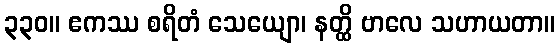
၃၃၀။ ဧကဿ စရိတံ သေယျော၊ နတ္ထိ ဗာလေ သဟာယတာ။